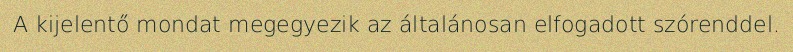
A kijelentő mondat megegyezik az általánosan elfogadott szórenddel.